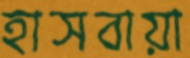
হাসবায়া